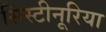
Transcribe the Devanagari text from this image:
सिस्टीनूरिया